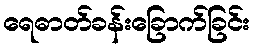
ရေဓာတ်ခန်းခြောက်ခြင်း